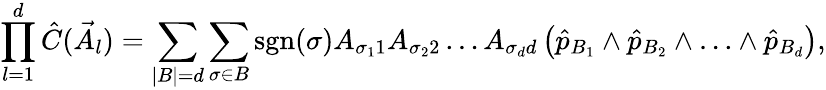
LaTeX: \prod_{l=1}^{d}\hat{C}(\vec{A}_{l})=\sum_{|B|=d}\sum_{\sigma\in B}\textrm{sgn}(\sigma)A_{\sigma_{1}1}A_{\sigma_{2}2}\dots A_{\sigma_{d}d}\left(\hat{p}_{B_{1}}\wedge\hat{p}_{B_{2}}\wedge\ldots\wedge\hat{p}_{B_{d}}\right),